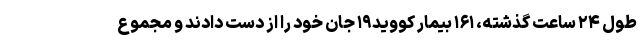
طول ۲۴ ساعت گذشته، ۱۶۱ بیمار کووید۱۹ جان خود را از دست دادند و مجموع